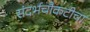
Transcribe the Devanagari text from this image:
संदर्भचौकटीचा